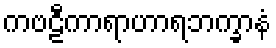
ကဗဠီကာရာဟာရဘက္ခာနံ